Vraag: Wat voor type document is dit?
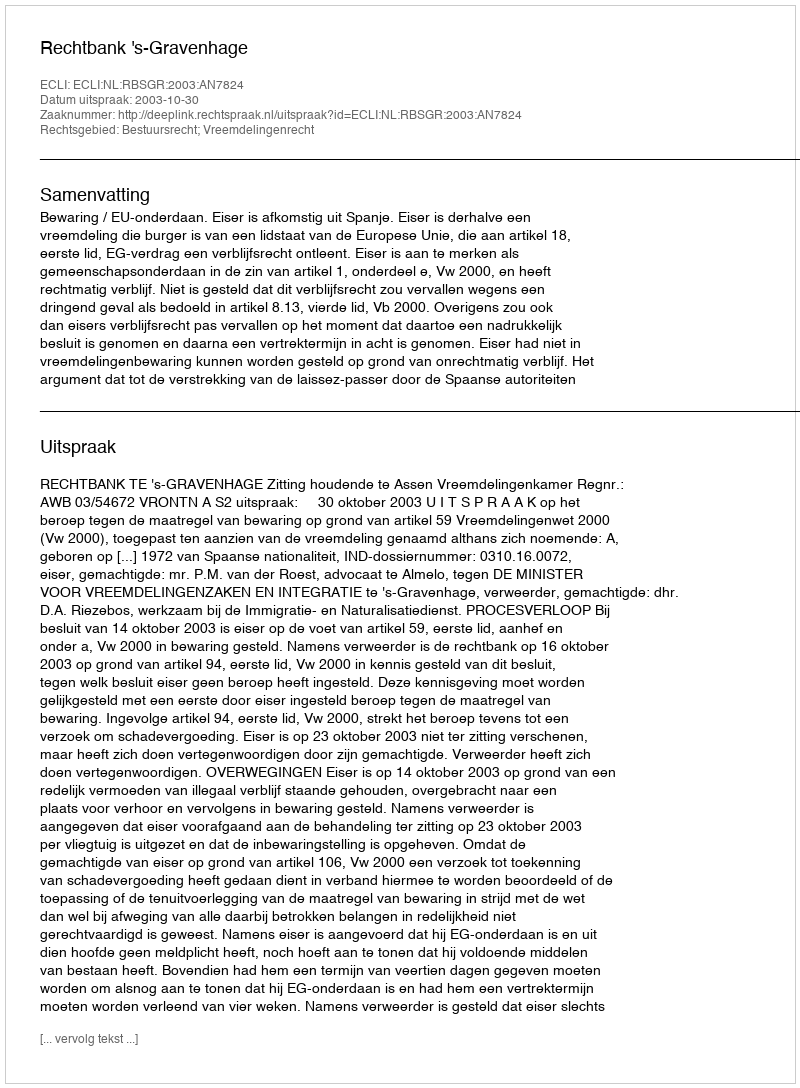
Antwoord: Uitspraak